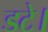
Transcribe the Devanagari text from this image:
डटे।